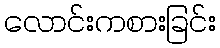
လောင်းကစားခြင်း